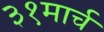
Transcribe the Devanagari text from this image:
३१मार्च